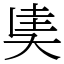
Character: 奊